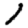
Digit: 1